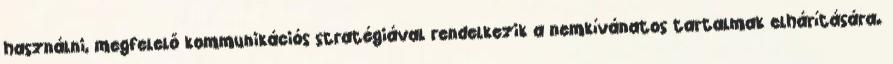
használni, megfelelő kommunikációs stratégiával rendelkezik a nemkívánatos tartalmak elhárítására.